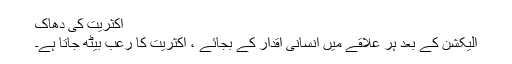
اکثریت کی دھاک
الیکشن کے بعد ہر علاقے میں انسانی اقدار کے بجائے ، اکثریت کا رعب بیٹھ جاتا ہے۔